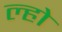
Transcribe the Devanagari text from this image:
ल्हो